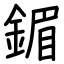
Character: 鎇